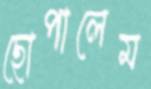
ছোপালেম